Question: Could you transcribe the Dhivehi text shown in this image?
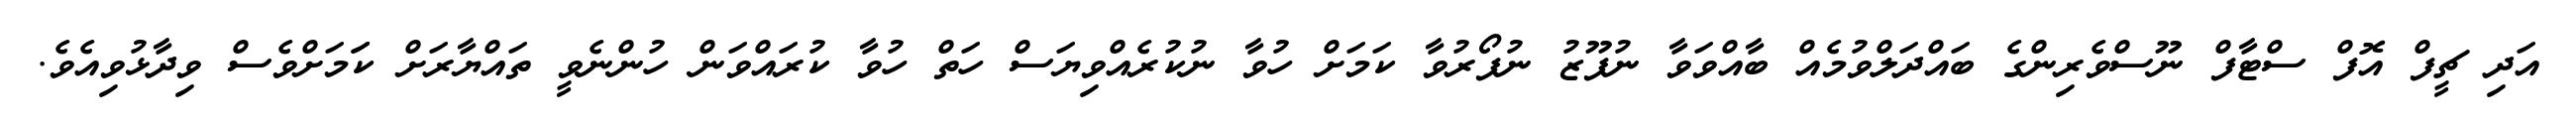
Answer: އަދި ޗީފް އޮފް ސްޓާފް ނޫސްވެރިންގެ ބައްދަލްވުމެއް ބާއްވަވާ ނުފޫޒު ނުފޯރުވާ ކަމަށް ހުވާ ނުކުރެއްވިޔަސް ހަތް ހުވާ ކުރައްވަން ހުންނެވީ ތައްޔާރަށް ކަަމަށްވެސް ވިދާޅުވިއެވެ.